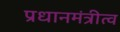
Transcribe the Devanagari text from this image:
प्रधानमंत्रीत्व